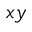
x y